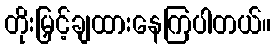
တိုးမြှင့်ချထားနေကြပါတယ်။